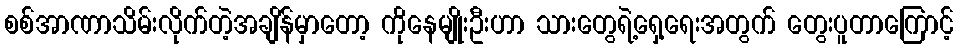
စစ်အာဏာသိမ်းလိုက်တဲ့အချိန်မှာတော့ ကိုနေမျိုးဦးဟာ သားတွေရဲ့ရှေ့ရေးအတွက် တွေးပူတာကြောင့်